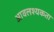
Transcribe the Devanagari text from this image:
आवलश्यकता